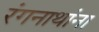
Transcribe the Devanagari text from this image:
रंगनाथांना